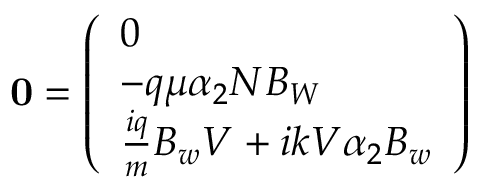
{ \bf 0 } = \left( \begin{array} { l } { 0 } \\ { - q \mu \alpha _ { 2 } N B _ { W } } \\ { \frac { i q } { m } B _ { w } V + i k V \alpha _ { 2 } B _ { w } } \end{array} \right)